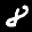
Label: 8